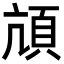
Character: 頏